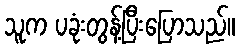
သူက ပခုံးတွန့်ပြီးပြောသည်။